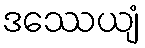
ဒဿေယျံ